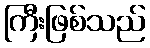
ကြီးဖြစ်သည်